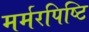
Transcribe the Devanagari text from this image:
मर्मरपिष्टि